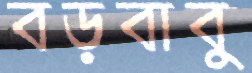
বড়বাবু